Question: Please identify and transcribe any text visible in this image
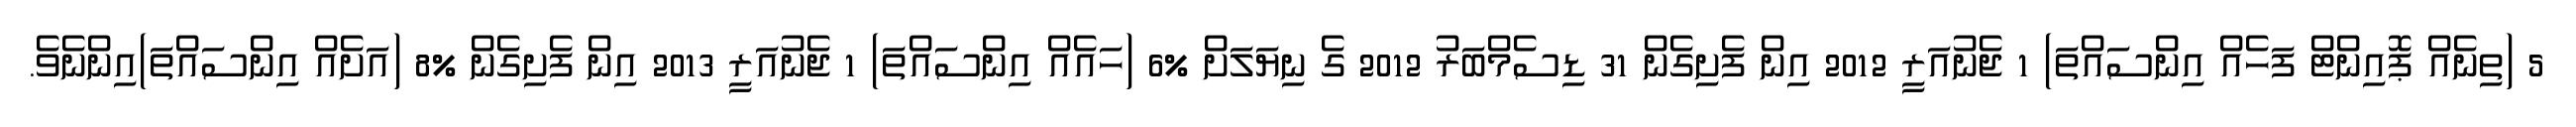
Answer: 5 (ތިނެއް ޕޮއިންޓް ފަހެއް އިންސައްތަ) 1 ޖެނުއަރީ 2012 އިން ފެށިގެން 31 ޑިސެމްބަރު 2012 ގެ ނިޔަލަށް %6 (ހައެއް އިންސައްތަ) 1 ޖެނުއަރީ 2013 އިން ފެށިގެން %8 (އަށެއް އިންސައްތަ)އިންނެވެ.